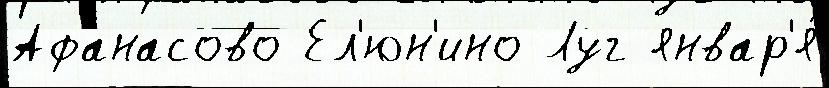
Афанасово Ел'юн'ино Луг январ'я́